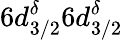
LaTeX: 6d_{3/2}^{\delta}6d_{3/2}^{\delta}